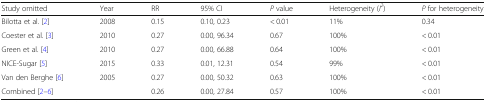
<table><thead><tr><td><b>Study omitted</b></td><td><b>Year</b></td><td><b>RR</b></td><td><b>95% CI</b></td><td><b><i>P</i> value</b></td><td><b>Heterogeneity (<i>I</i><sup><i>2</i></sup>)</b></td><td><b><i>P</i> for heterogeneity</b></td></tr></thead><tbody><tr><td>Bilotta et al. [2]</td><td>2008</td><td>0.15</td><td>0.10, 0.23</td><td>&lt; 0.01</td><td>11%</td><td>0.34</td></tr><tr><td>Coester et al. [3]</td><td>2010</td><td>0.27</td><td>0.00, 96.34</td><td>0.67</td><td>100%</td><td>&lt; 0.01</td></tr><tr><td>Green et al. [4]</td><td>2010</td><td>0.27</td><td>0.00, 66.88</td><td>0.64</td><td>100%</td><td>&lt; 0.01</td></tr><tr><td>NICE-Sugar [5]</td><td>2015</td><td>0.33</td><td>0.01, 12.31</td><td>0.54</td><td>99%</td><td>&lt; 0.01</td></tr><tr><td>Van den Berghe [6]</td><td>2005</td><td>0.27</td><td>0.00, 50.32</td><td>0.63</td><td>100%</td><td>&lt; 0.01</td></tr><tr><td>Combined [2–6]</td><td></td><td>0.26</td><td>0.00, 27.84</td><td>0.57</td><td>100%</td><td>&lt; 0.01</td></tr></tbody></table>